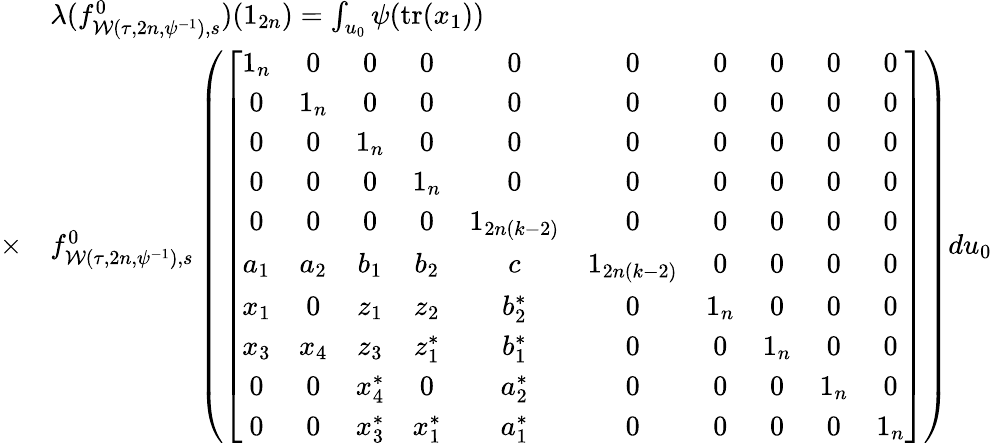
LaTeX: \begin{array}{rl}&{\lambda(f_{\mathcal{W}(\tau,2n,\psi^{-1}),s}^{0})(1_{2n})=\int_{u_{0}}\psi(\mathrm{tr}(x_{1}))}\\ {\times}&{f_{\mathcal{W}(\tau,2n,\psi^{-1}),s}^{0}\left(\left[\begin{array}{cccccccccc}{1_{n}}&{0}&{0}&{0}&{0}&{0}&{0}&{0}&{0}&{0}\\ {0}&{1_{n}}&{0}&{0}&{0}&{0}&{0}&{0}&{0}&{0}\\ {0}&{0}&{1_{n}}&{0}&{0}&{0}&{0}&{0}&{0}&{0}\\ {0}&{0}&{0}&{1_{n}}&{0}&{0}&{0}&{0}&{0}&{0}\\ {0}&{0}&{0}&{0}&{1_{2n(k-2)}}&{0}&{0}&{0}&{0}&{0}\\ {a_{1}}&{a_{2}}&{b_{1}}&{b_{2}}&{c}&{1_{2n(k-2)}}&{0}&{0}&{0}&{0}\\ {x_{1}}&{0}&{z_{1}}&{z_{2}}&{b_{2}^{\ast}}&{0}&{1_{n}}&{0}&{0}&{0}\\ {x_{3}}&{x_{4}}&{z_{3}}&{z_{1}^{\ast}}&{b_{1}^{\ast}}&{0}&{0}&{1_{n}}&{0}&{0}\\ {0}&{0}&{x_{4}^{\ast}}&{0}&{a_{2}^{\ast}}&{0}&{0}&{0}&{1_{n}}&{0}\\ {0}&{0}&{x_{3}^{\ast}}&{x_{1}^{\ast}}&{a_{1}^{\ast}}&{0}&{0}&{0}&{0}&{1_{n}}\end{array}\right]\right)du_{0}}\end{array}